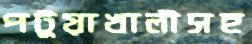
পটুয়াখালীসহ